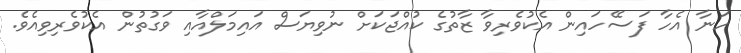
ހަނާ އެހާ ފަސޭހައިން އެކުވެރިވާ ޒާތުގެ ކުއްޖަކަށް ނުވިޔަސް އައިމަލްއާއި ވަގުތުން އެކުވެރިވިއެވެ.